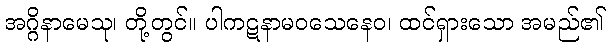
အဂ္ဂိနာမေသု၊ တို့တွင်။ ပါကဋနာမဝသေနေဝ၊ ထင်ရှားသော အမည်၏